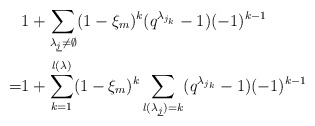
\begin{align*}&1+\sum_{\lambda_{\underline{j}}\neq \emptyset}(1-\xi_m)^{k} (q^{\lambda_{j_k}}-1)(-1)^{k-1}\\=&1+\sum_{k=1}^{\l(\lambda)}(1-\xi_m)^{k}\sum_{l(\lambda_{\underline{j}})=k} (q^{\lambda_{j_k}}-1)(-1)^{k-1}\end{align*}